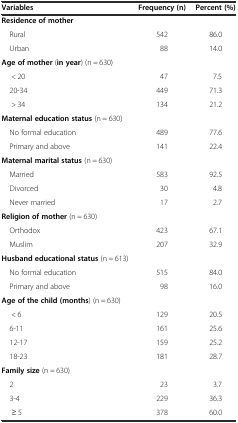
<table><thead><tr><td><b>Variables</b></td><td><b>Frequency (n)</b></td><td><b>Percent (%)</b></td></tr></thead><tbody><tr><td><b>Residence of mother</b></td><td>[EMPTY_CELL]</td><td>[EMPTY_CELL]</td></tr><tr><td> Rural</td><td>542</td><td>86.0</td></tr><tr><td> Urban</td><td>88</td><td>14.0</td></tr><tr><td><b>Age of mother</b> (<b>in year</b>) (n = 630)</td><td>[EMPTY_CELL]</td><td>[EMPTY_CELL]</td></tr><tr><td>&lt; 20</td><td>47</td><td>7.5</td></tr><tr><td> 20-34</td><td>449</td><td>71.3</td></tr><tr><td>&gt; 34</td><td>134</td><td>21.2</td></tr><tr><td><b>Maternal education status</b> (n = 630)</td><td>[EMPTY_CELL]</td><td>[EMPTY_CELL]</td></tr><tr><td> No formal education</td><td>489</td><td>77.6</td></tr><tr><td> Primary and above</td><td>141</td><td>22.4</td></tr><tr><td><b>Maternal marital status</b> (n = 630)</td><td>[EMPTY_CELL]</td><td>[EMPTY_CELL]</td></tr><tr><td> Married</td><td>583</td><td>92.5</td></tr><tr><td> Divorced</td><td>30</td><td>4.8</td></tr><tr><td> Never married</td><td>17</td><td>2.7</td></tr><tr><td><b>Religion of mother</b> (n = 630)</td><td>[EMPTY_CELL]</td><td>[EMPTY_CELL]</td></tr><tr><td> Orthodox</td><td>423</td><td>67.1</td></tr><tr><td> Muslim</td><td>207</td><td>32.9</td></tr><tr><td><b>Husband educational status</b> (n = 613)</td><td>[EMPTY_CELL]</td><td>[EMPTY_CELL]</td></tr><tr><td> No formal education</td><td>515</td><td>84.0</td></tr><tr><td> Primary and above</td><td>98</td><td>16.0</td></tr><tr><td><b>Age of the child (months</b>) (n = 630)</td><td>[EMPTY_CELL]</td><td>[EMPTY_CELL]</td></tr><tr><td>&lt; 6</td><td>129</td><td>20.5</td></tr><tr><td> 6-11</td><td>161</td><td>25.6</td></tr><tr><td> 12-17</td><td>159</td><td>25.2</td></tr><tr><td> 18-23</td><td>181</td><td>28.7</td></tr><tr><td><b>Family size</b> (n = 630)</td><td>[EMPTY_CELL]</td><td>[EMPTY_CELL]</td></tr><tr><td> 2</td><td>23</td><td>3.7</td></tr><tr><td> 3-4</td><td>229</td><td>36.3</td></tr><tr><td>≥ 5</td><td>378</td><td>60.0</td></tr></tbody></table>